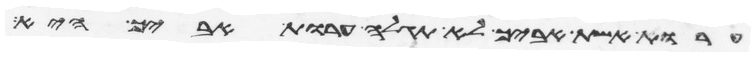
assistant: ערות אשת אביך לא תגלה ערות אביך היא